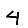
Digit: 4